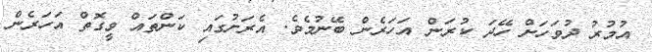
އުމުރު ދުވަހަށް ހޭދަ ކުރަން އަހަރެން ބޭނުމެވެ. އެރަށުގައި ކަންތައް ވީގޮތް އަހަރެން